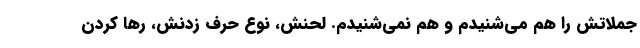
جملاتش را هم می‌شنیدم و هم نمی‌شنیدم. لحنش، نوع حرف زدنش، رها کردن